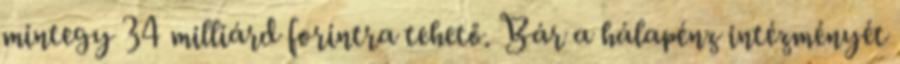
mintegy 34 milliárd forintra tehető. Bár a hálapénz intézményét